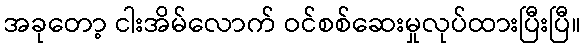
အခုတော့ ငါးအိမ်လောက် ဝင်စစ်ဆေးမှုလုပ်ထားပြီးပြီ။